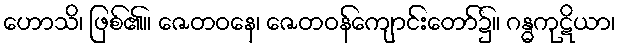
ဟောသိ၊ ဖြစ်၏။ ဇေတဝနေ၊ ဇေတဝန်ကျောင်းတော်၌။ ဂန္ဓကုဋိယာ၊